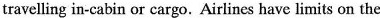
travelling in-cabin or cargo. Airlines have limits on the